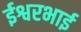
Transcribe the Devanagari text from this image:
ईश्वरभाई